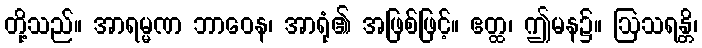
တို့သည်။ အာရမ္မဏ ဘာဝေန၊ အာရုံ၏ အဖြစ်ဖြင့်။ ဧတ္ထ၊ ဤမန၌။ ဩသရန္တိ၊